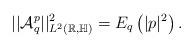
LaTeX: \begin{align*}||\mathcal{A}_q^p||^2_{L^2(\mathbb R,\mathbb{H})}=E_q\left(|p|^2\right).\end{align*}